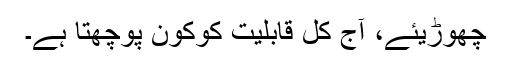
چھوڑیئے، آج کل قابلیت کوکون پوچھتا ہے۔